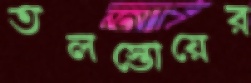
তলস্তোয়ের